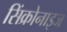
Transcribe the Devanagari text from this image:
सिंक्रोनाइज